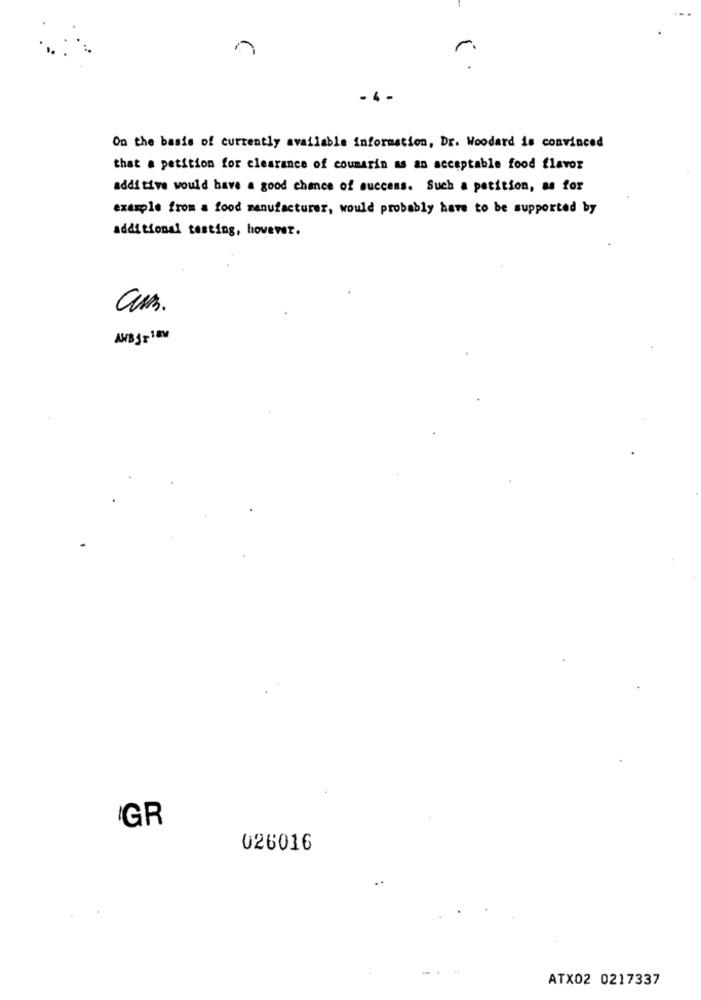
-4 -
On the basis of currently available information, Dr. Woodard is convinced
that a petition for clearance of coumarin as an acceptable food flavor
addi tive would have a good chance of success. Such a petition, as for
example from a food manufacturer, would probably have to be supported by
additional testing, however.
am.
AVBJE1
GR
026016
ATX02 0217337